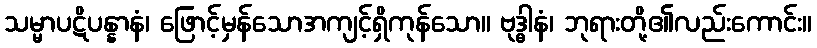
သမ္မာပဋိပန္နာနံ၊ ဖြောင့်မှန်သောအကျင့်ရှိကုန်သော။ ဗုဒ္ဓါနံ၊ ဘုရားတို့၏လည်းကောင်း။